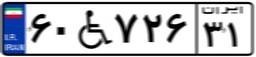
۶۰W۷۲۶۳۱